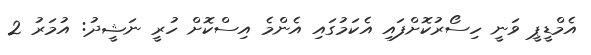
އެމްޑީޕީ ވަނީ ހިސޯރުކޮށްފައި އެކަމުގައި އެންމެ އިސްކޮށް ހުރީ ނަޝީދު: އުމަރު 2